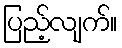
ပြည့်လျက်။